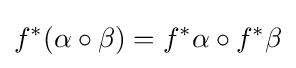
f^{*}(\alpha \circ \beta )=f^{*}\alpha \circ f^{*}\beta